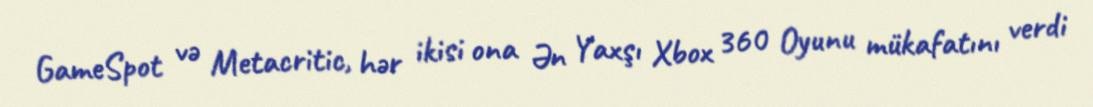
GameSpot və Metacritic, hər ikisi ona Ən Yaxşı Xbox 360 Oyunu mükafatını verdi